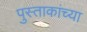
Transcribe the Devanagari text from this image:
पुस्ताकांच्या